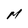
Character: M